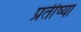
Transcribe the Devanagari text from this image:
प्रतीष्या